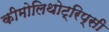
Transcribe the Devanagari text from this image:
कीमोलिथोट्रिप्सी